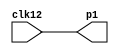
/*
 *   clock.v -- top level of clock example
 */

module blink (
    input  clk12,
    output p1
);
    assign p1 = clk12;

endmodule